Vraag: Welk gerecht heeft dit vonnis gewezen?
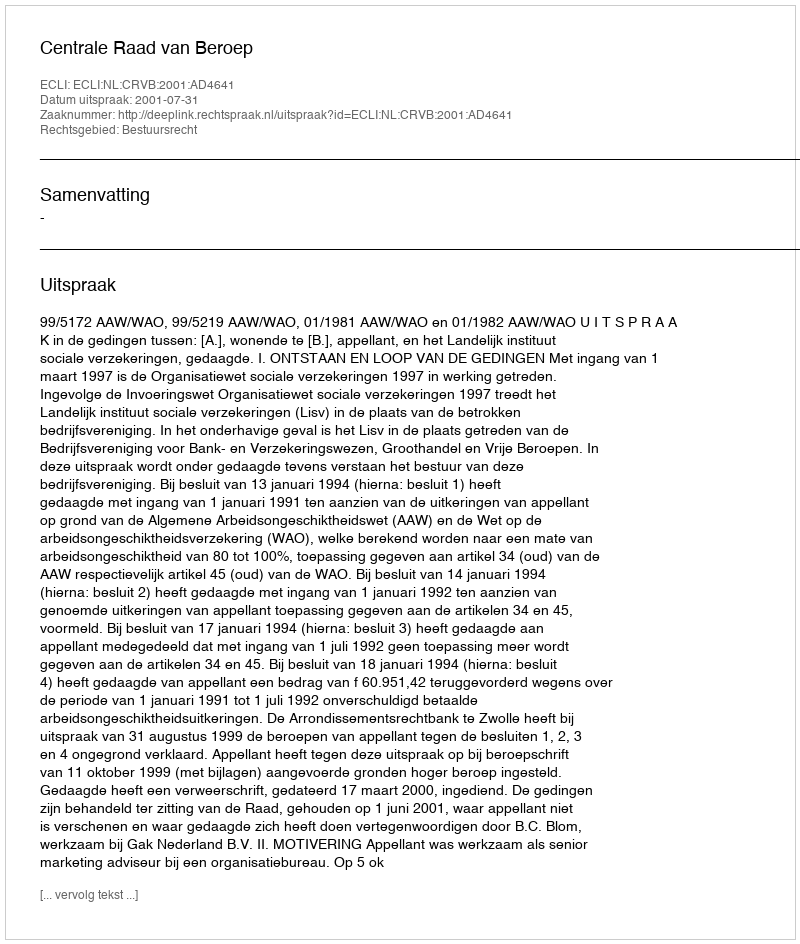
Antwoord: Centrale Raad van Beroep